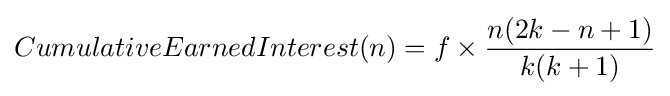
CumulativeEarnedInterest(n)=f\times {\frac {n(2k-n+1)}{k(k+1)}}